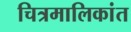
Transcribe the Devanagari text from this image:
चित्रमालिकांत